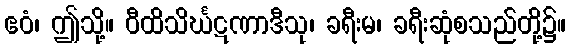
ဧဝံ၊ ဤသို့။ ဝီထိသိင်္ဃဋဏာဒီသု၊ ခရီးမ၊ ခရီးဆုံစသည်တို့၌။